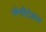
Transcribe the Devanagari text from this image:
सेनीटेशन